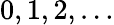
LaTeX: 0,1,2,\ldots